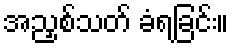
အညှစ်သတ် ခံရခြင်း။